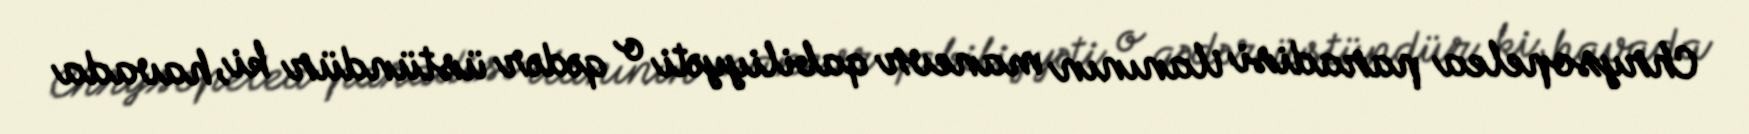
Chrysopelea paradisi ilanının manevr qabiliyyəti o qədər üstündür ki, havada